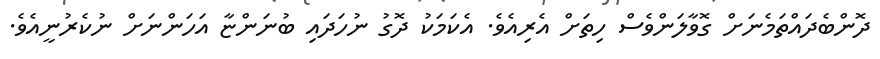
ދޮންބެދައްތަމެނަށް ގޮވާލަންވެސް ހިތަށް އެރިއެވެ. އެކަމަކު ދޮގު ނުހަދައި ބުނަންޏާ އަހަންނަށް ނުކެރުނީއެވެ.